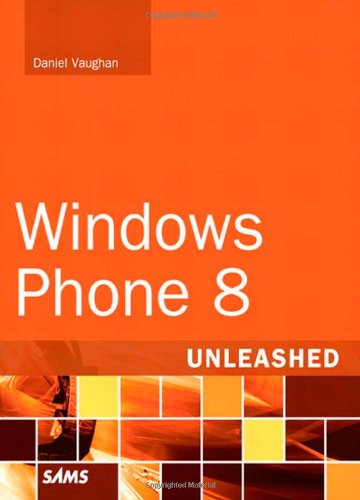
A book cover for Windows Phone 8 Unleashed; Daniel Vaughan; Computers & Technology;